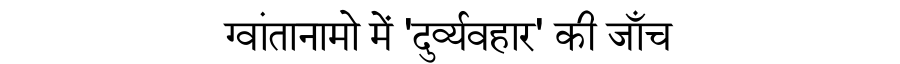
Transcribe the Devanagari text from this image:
ग्वांतानामो में 'दुर्व्यवहार' की जाँच